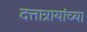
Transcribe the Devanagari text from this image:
दत्तात्रायांच्या